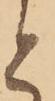
と